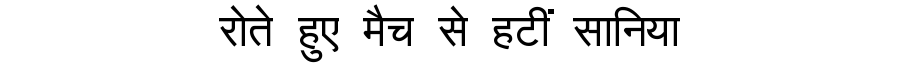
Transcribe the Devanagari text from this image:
रोते हुए मैच से हटीं सानिया